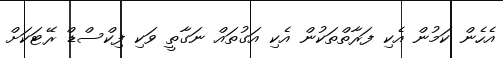
އެހެން ކަމުން އެކި ފަރާތްތަކުން އެކި އަގުތައް ނަގާތީ ވަކި ފިކްސްޑް ރޭޓަކަށް